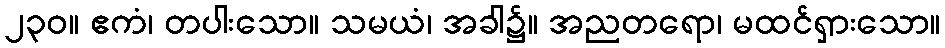
၂၃၀။ ဧကံ၊ တပါးသော။ သမယံ၊ အခါ၌။ အညတရော၊ မထင်ရှားသော။